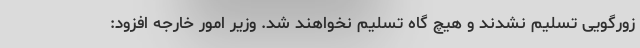
زورگویی تسلیم نشدند و هیچ گاه تسلیم نخواهند شد. وزیر امور خارجه افزود: